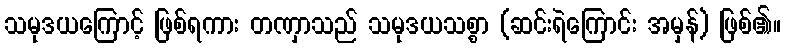
သမုဒယကြောင့် ဖြစ်ရကား တဏှာသည် သမုဒယသစ္စာ (ဆင်းရဲကြောင်း အမှန်) ဖြစ်၏။